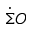
\Dot { \Sigma } O